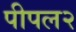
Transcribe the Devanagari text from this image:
पीपल२